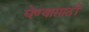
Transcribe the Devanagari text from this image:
घेण्यासाठीं